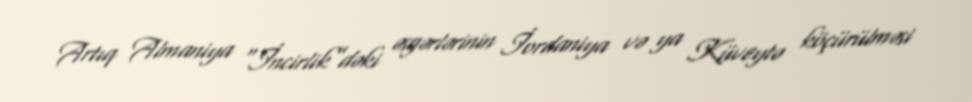
Artıq Almaniya “İncirlik”dəki əsgərlərinin İordaniya və ya Küveytə köçürülməsi